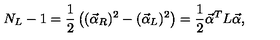
N _ { L } - 1 = { \frac { 1 } { 2 } } \left( ( \vec { \alpha } _ { R } ) ^ { 2 } - ( \vec { \alpha } _ { L } ) ^ { 2 } \right) = { \frac { 1 } { 2 } } \vec { \alpha } ^ { T } L \vec { \alpha } ,